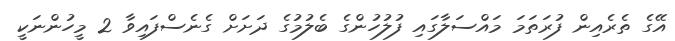
އޭގެ ތެރެއިން ފުރަތަމަ މައްސަލާގައި ފުލުހުންގެ ބެލުމުގެ ދަށަށް ގެނެސްފައިވާ 2 މީހުންނަކީ